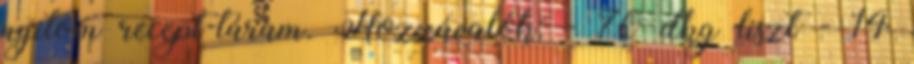
nyitom recept-táram. Hozzávalók: - 70 dkg liszt - 14